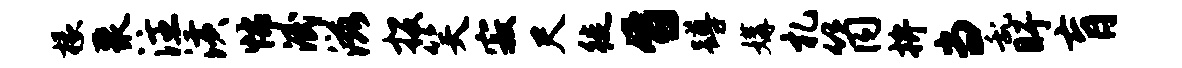
椽聚注潢怖泯滋投笑寂尺徙旨蹲媾札筒拚当乱盱肓